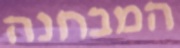
המבחנה